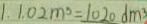
1 . 1 . 0 2 m ^ { 3 } = 1 0 2 0 d m ^ { 3 }